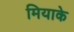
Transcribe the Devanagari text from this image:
मियाके